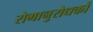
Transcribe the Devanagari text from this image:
रोगानुरोधकों